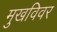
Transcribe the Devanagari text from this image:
मुखविवर